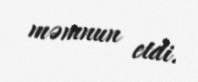
məmnun etdi.